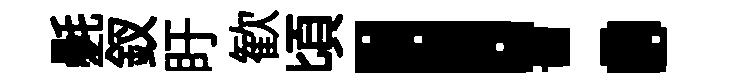
氎釵盱歓頃！